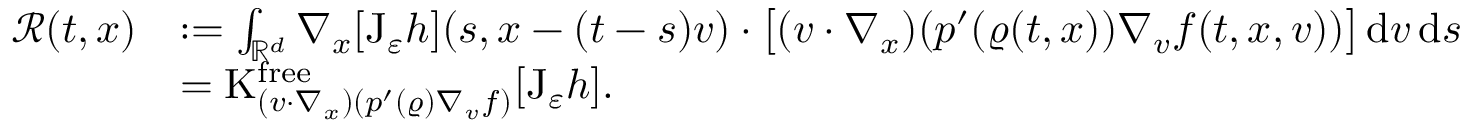
\begin{array} { r l } { \mathcal { R } ( t , x ) } & { : = \int _ { \mathbb R ^ { d } } \nabla _ { x } [ \mathrm { J } _ { \varepsilon } h ] ( s , x - ( t - s ) v ) \cdot \big [ ( v \cdot \nabla _ { x } ) ( p ^ { \prime } ( \varrho ( t , x ) ) \nabla _ { v } f ( t , x , v ) ) \big ] \, \mathrm { d } v \, \mathrm { d } s } \\ & { = \mathrm { K } _ { ( v \cdot \nabla _ { x } ) ( p ^ { \prime } ( \varrho ) \nabla _ { v } f ) } ^ { \mathrm { f r e e } } [ \mathrm { J } _ { \varepsilon } h ] . } \end{array}